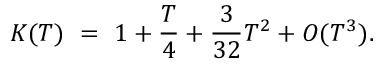
K ( T ) ~ = ~ 1 + { \frac { T } { 4 } } + { \frac { 3 } { 3 2 } } T ^ { 2 } + O ( T ^ { 3 } ) .